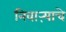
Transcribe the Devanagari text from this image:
निवाऱ्याचे